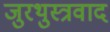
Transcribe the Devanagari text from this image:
जुरथुस्त्रवाद